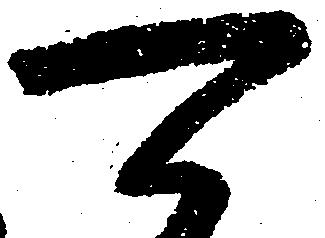
可